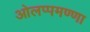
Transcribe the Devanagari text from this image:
ओलप्पमण्णा